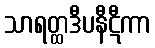
သာရတ္ထဒီပနီဋီကာ